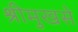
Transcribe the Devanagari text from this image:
श्रीमुखसे